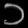
Digit: ၁